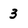
Character: 3